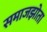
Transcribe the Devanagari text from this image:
समाजझोता